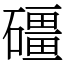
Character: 礓